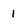
Character: 1